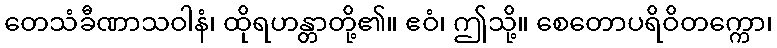
တေသံခီဏာသဝါနံ၊ ထိုရဟန္တာတို့၏။ ဧဝံ၊ ဤသို့။ စေတောပရိဝိတက္ကော၊